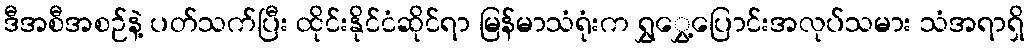
ဒီအစီအစဉ်နဲ့ ပတ်သက်ပြီး ထိုင်းနိုင်ငံဆိုင်ရာ မြန်မာသံရုံးက ရွှွှေ့ပြောင်းအလုပ်သမား သံအရာရှိ